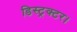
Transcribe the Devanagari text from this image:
डिस्ट्रक्टर।